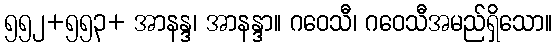
၅၅၂+၅၅၃+ အာနန္ဒ၊ အာနန္ဒာ။ ဂဝေသီ၊ ဂဝေသီအမည်ရှိသော။